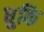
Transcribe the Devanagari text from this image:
धुकि